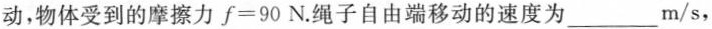
动，物体受到的摩擦力$$f=90N$$。绳子自由端移动的速度为____m/s，